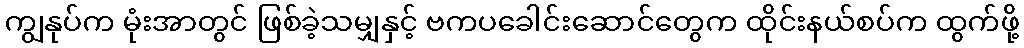
ကျွနုပ်က မုံးအာတွင် ဖြစ်ခဲ့သမျှနှင့် ဗကပခေါင်းဆောင်တွေက ထိုင်းနယ်စပ်က ထွက်ဖို့